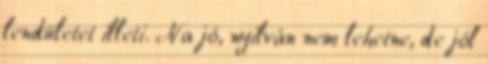
lendületet illeti. Na jó, nyilván nem lehetne, de jól